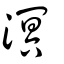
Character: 溟